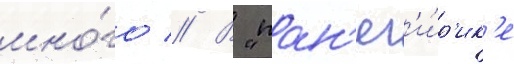
мно́го // В "пан'ег'и́р'ик'е